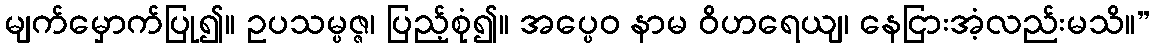
မျက်မှောက်ပြု၍။ ဥပသမ္ပဇ္ဇ၊ ပြည့်စုံ၍။ အပ္ပေဝ နာမ ဝိဟရေယျ၊ နေငြားအံ့လည်းမသိ။”